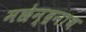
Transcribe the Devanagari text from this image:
मछेन्द्रनाथ